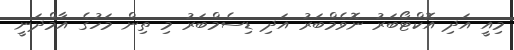
މިއީ އަދި އޮކްޓޯބަރު ނޮވެމްބަރު އަދި ޑިސެމްބަރު މި ތިން މަހުގެ އާމްދަނީ